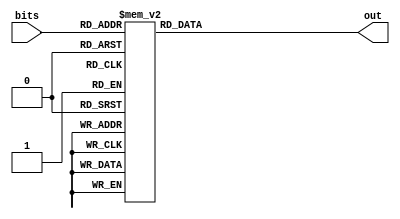
module digits7 (bits, out);
    input [3:0] bits;
    output [0:7] out;

    reg [0:7] out;

    always @(bits) begin
        case(bits)
            4'b0000:
                out = 8'b11111100;   // 0
            4'b0001:
                out = 8'b01100000;   // 1
            4'b0010:
                out = 8'b11001010;   // 2
            4'b0011:
                out = 8'b11110010;   // 3
            4'b0100:
                out = 8'b01100110;   // 4
            4'b0101:
                out = 8'b10110110;   // 5
            4'b0110:
                out = 8'b10111110;   // 6
            4'b0111:
                out = 8'b11100000;   // 7
            4'b1000:
                out = 8'b11111110;   // 8
            4'b1001:
                out = 8'b11110110;   // 9
            4'b1010:
                out = 8'b11101110;   // A
            4'b1011:
                out = 8'b00011110;   // b
            4'b1100:
                out = 8'b10011100;   // C
            4'b1101:
                out = 8'b01111010;   // d
            4'b1110:
                out = 8'b10011110;   // E
            default:
                out = 8'b10001110;   // F
        endcase
    end
endmodule